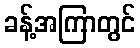
ခန့်အကြာတွင်